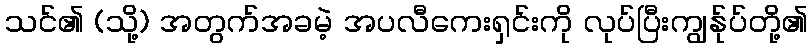
သင်၏ (သို့) အတွက်အခမဲ့ အပလီကေးရှင်းကို လုပ်ပြီးကျွန်ုပ်တို့၏